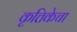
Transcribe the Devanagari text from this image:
कृत्तिकेचा